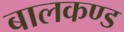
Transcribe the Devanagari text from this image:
बालकण्ड